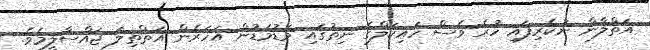
އަތްލާން ނުކެރިފައި ހުރެ ވެސް ހައިކަލްގެ ނިތުގައި މަޑުމަޑުން އަހަރެން އަތްތިލަ ޖައްސާލީމެވެ.